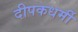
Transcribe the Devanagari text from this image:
दीपकधर्मी